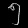
Digit: ၅